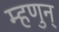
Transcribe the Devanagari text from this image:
म्हणुन्